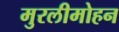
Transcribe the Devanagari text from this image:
मुरलीमोहन